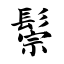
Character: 鬃